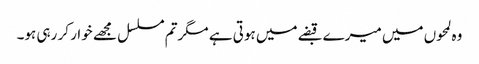
وہ لمحوں میں میرے قبضے میں ہوتی ہے مگرتم مسلسل مجھے خوار کر رہی ہو۔